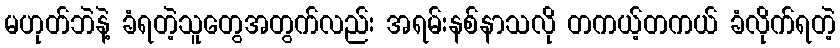
မဟုတ်ဘဲနဲ့ ခံရတဲ့သူတွေအတွက်လည်း အရမ်းနစ်နာသလို တကယ့်တကယ် ခံလိုက်ရတဲ့